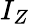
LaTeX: I_{Z}